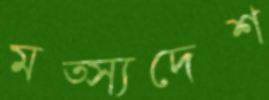
মত্স্যদেশ